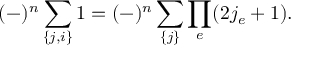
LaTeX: ( - \l ) ^ { n } \sum _ { \{ j , i \} } 1 = ( - \l ) ^ { n } \sum _ { \{ j \} } \prod _ { e } ( 2 j _ { e } + 1 ) .